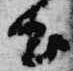
出